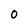
Character: O